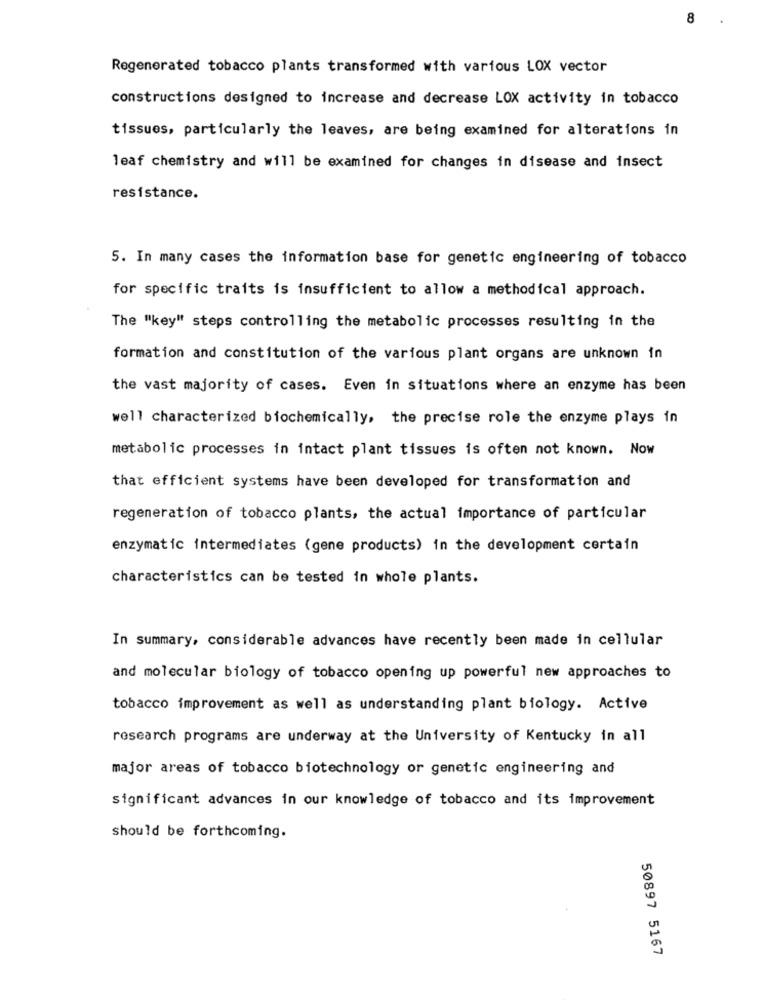
8
Regenerated tobacco plants transformed with various LOX vector
constructions designed to increase and decrease LOX activity in tobacco
tissues, particularly the leaves, are being examined for alterations in
leaf chemistry and will be examined for changes in disease and insect
resistance.
5. In many cases the information base for genetic engineering of tobacco
for specific traits is insufficient to allow a methodical approach.
The "key" steps controlling the metabolic processes resulting in the
formation and constitution of the various plant organs are unknown in
the vast majority of cases. Even in situations where an enzyme has been
well characterized biochemically, the precise role the enzyme plays in
metabolic processes in intact plant tissues is often not known. Now
that efficient systems have been developed for transformation and
regeneration of tobacco plants, the actual importance of particular
enzymatic intermediates (gene products) in the development certain
characteristics can be tested in whole plants.
In summary, considerable advances have recently been made in cellular
and molecular biology of tobacco opening up powerful new approaches to
tobacco improvement as well as understanding plant biology. Active
research programs are underway at the University of Kentucky in all
major areas of tobacco biotechnology or genetic engineering and
significant advances in our knowledge of tobacco and its improvement
should be forthcoming.
50897 5167